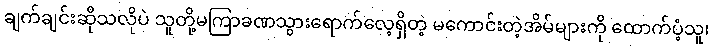
ချက်ချင်းဆိုသလိုပဲ သူတို့မကြာခဏသွားရောက်လေ့ရှိတဲ့ မကောင်းတဲ့အိမ်များကို ထောက်ပံ့သူ၊